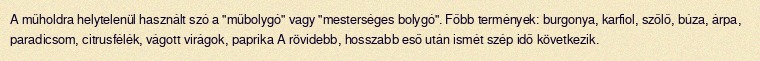
A műholdra helytelenül használt szó a "műbolygó" vagy "mesterséges bolygó". Főbb termények: burgonya, karfiol, szőlő, búza, árpa, paradicsom, citrusfélék, vágott virágok, paprika A rövidebb, hosszabb eső után ismét szép idő következik.